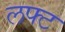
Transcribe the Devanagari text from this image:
लफ्ट